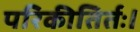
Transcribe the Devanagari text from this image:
परिकीतिर्तः।